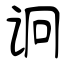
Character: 诇